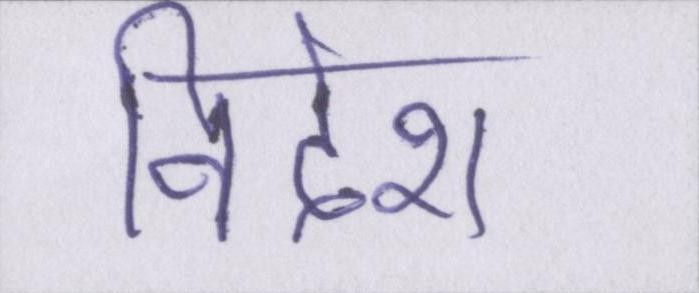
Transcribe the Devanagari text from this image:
विदेश